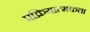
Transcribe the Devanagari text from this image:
प्रक्रियात्मकता